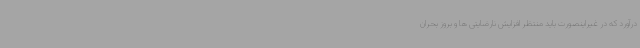
درآورد که در غیراینصورت باید منتظر افزایش نارضایتی ها و بروز بحران